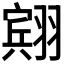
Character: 𫅭